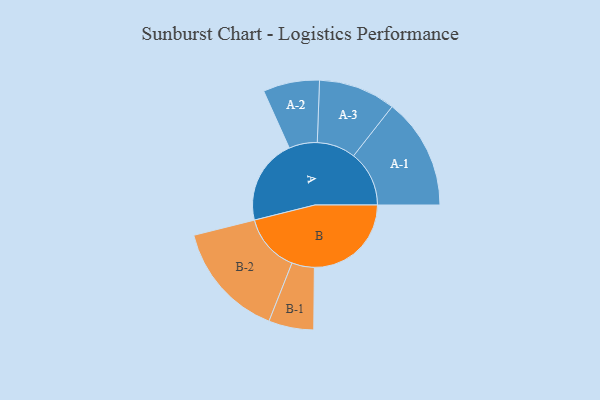
{"axis": {"x": "Segment", "y": "Value"}, "legend": ["", "A", "B"], "data": [{"x": "A", "y": 421, "type": ""}, {"x": "B", "y": 478, "type": ""}, {"x": "A-1", "y": 274, "type": "A"}, {"x": "A-2", "y": 139, "type": "A"}, {"x": "A-3", "y": 190, "type": "A"}, {"x": "B-1", "y": 111, "type": "B"}, {"x": "B-2", "y": 287, "type": "B"}]}